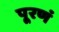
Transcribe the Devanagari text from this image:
पूरणं